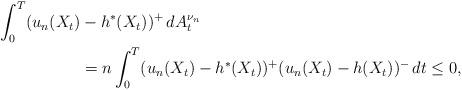
LaTeX: \begin{align*}\int_{0}^{T}(u_{n}(X_{t})&-h^{*}(X_{t}))^{+}\,dA_{t}^{\nu_{n}}\\&= n \int_{0}^{T}(u_{n}(X_{t})-h^{*}(X_{t}))^{+}(u_{n}(X_{t})-h(X_{t}))^{-}\,dt \le 0,\end{align*}